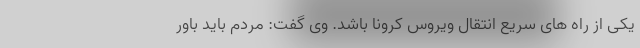
یکی از راه های سریع انتقال ویروس کرونا باشد. وی گفت: مردم باید باور